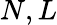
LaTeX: N,L